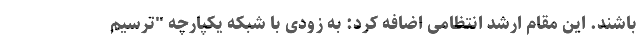
باشند. این مقام ارشد انتظامی اضافه کرد: به زودی با شبکه یکپارچه "ترسیم